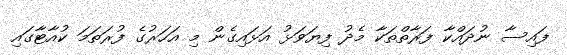
ފައިސާ ނުދައްކާ ފަރާތްތަކާ މެދު ފިޔަވަޅު އަޅައިގެން މި އަހަރުގެ ފުރަތަމަ ކުއާޓާގައި